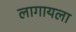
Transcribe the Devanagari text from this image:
लागायला